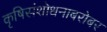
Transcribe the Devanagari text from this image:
कृषिसंशोधनाबरोबर